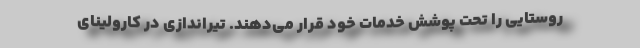
روستایی را تحت پوشش خدمات خود قرار می‌دهند. تیراندازی در کارولینای